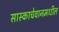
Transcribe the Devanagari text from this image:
सास्काचेवानमधील